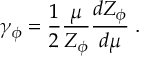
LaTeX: \gamma _ { \phi } = \frac { 1 } { 2 } \frac { \mu } { Z _ { \phi } } \frac { d Z _ { \phi } } { d \mu } \; .